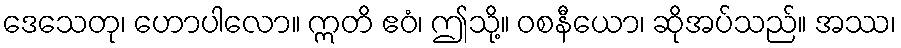
ဒေသေတု၊ ဟောပါလော။ ဣတိ ဧဝံ၊ ဤသို့။ ဝစနီယော၊ ဆိုအပ်သည်။ အဿ၊